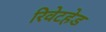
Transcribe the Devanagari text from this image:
रिवेटहेड